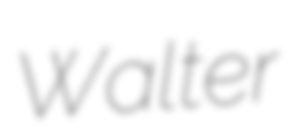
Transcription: Walter